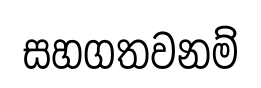
සහගතවනම්